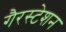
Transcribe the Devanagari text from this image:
गैरस्टेशन